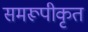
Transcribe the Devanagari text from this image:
समरूपीकृत